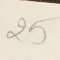
25